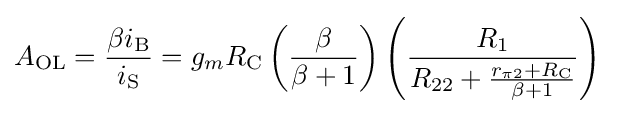
A_{\mathrm {OL} }={\frac {\beta i_{\mathrm {B} }}{i_{\mathrm {S} }}}=g_{m}R_{\mathrm {C} }\left({\frac {\beta }{\beta +1}}\right)\left({\frac {R_{1}}{R_{22}+{\frac {r_{\pi 2}+R_{\mathrm {C} }}{\beta +1}}}}\right)\